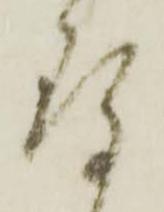
存